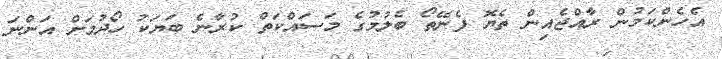
އެހެންކަމުން ރާއްޖެއިން ތެޔޮ ފެނޭތޯ ބެލުމުގެ މަސައްކަތް ކުރާނެ ބަޔަކު ހޯދުމަށް އަންނަ